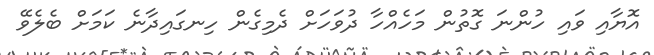
އޮޔާއި ވައި ހުންނަ ގޮތުން މަހެއްހާ ދުވަހަށް ދެމިގެން ހިނގައިދާނެ ކަމަށް ބެލެވޭ